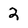
Character: 2